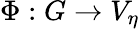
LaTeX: \Phi:G\to V_{\eta}